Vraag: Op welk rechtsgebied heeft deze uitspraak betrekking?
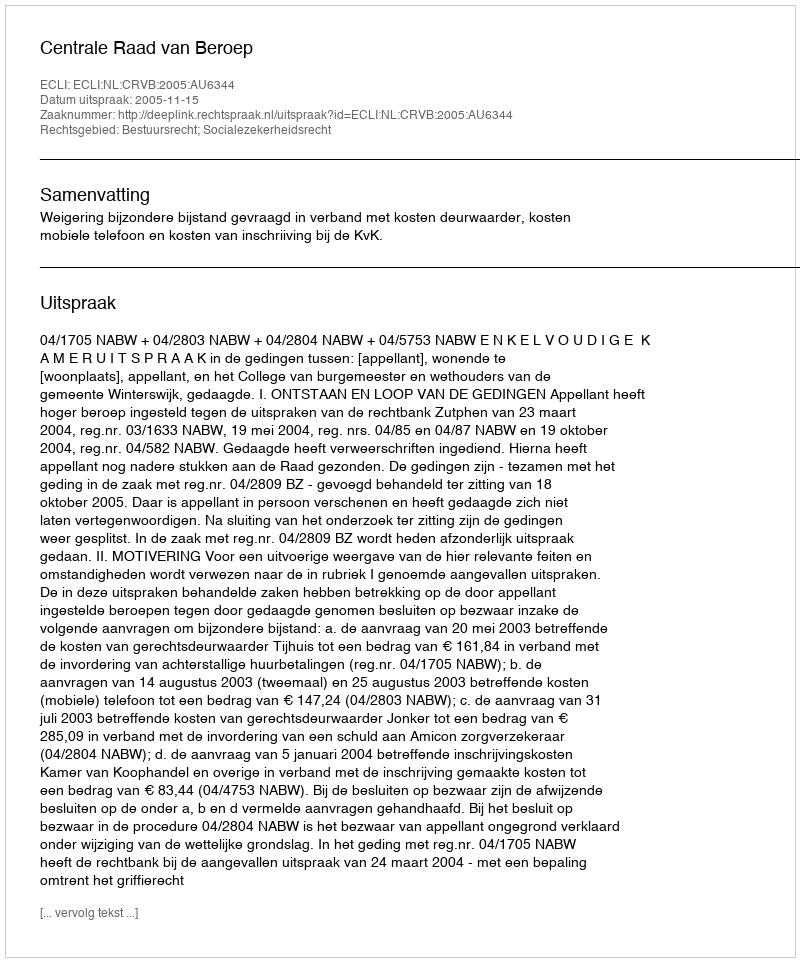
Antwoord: Bestuursrecht; Socialezekerheidsrecht